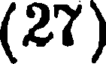
(27)